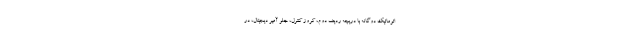
اتوماتیک دوگانه با دریچه ردیف دوم، کروز کنترل، جلو آمپر دیجیتال، درِ